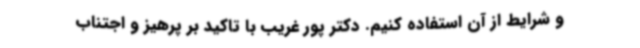
و شرایط از آن استفاده کنیم. دکتر پور غریب با تاکید بر پرهیز و اجتناب